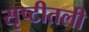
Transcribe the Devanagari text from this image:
सृष्टीतली